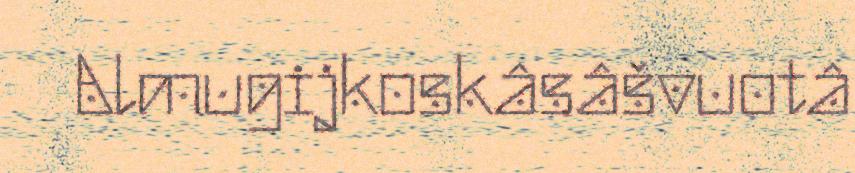
Almugijkoskâsâšvuotâ